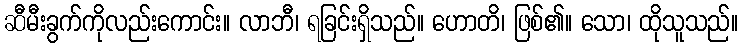
ဆီမီးခွက်ကိုလည်းကောင်း။ လာဘီ၊ ရခြင်းရှိသည်။ ဟောတိ၊ ဖြစ်၏။ သော၊ ထိုသူသည်။